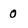
Character: 0